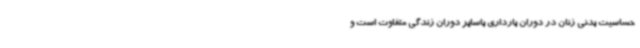
حساسیت بدنی زنان در دوران بارداری باسایر دوران زندگی متفاوت است و